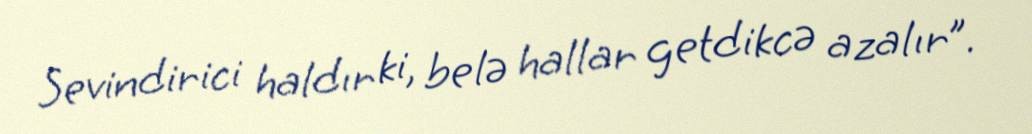
Sevindirici haldır ki, belə hallar getdikcə azalır”.